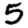
Digit: 5